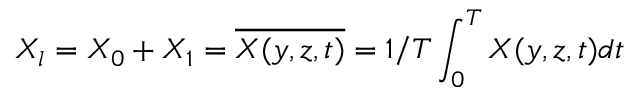
X _ { l } = X _ { 0 } + X _ { 1 } = \overline { { X ( y , z , t ) } } = 1 / T \int _ { 0 } ^ { T } X ( y , z , t ) d t